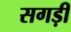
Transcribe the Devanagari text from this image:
सगड़ी